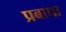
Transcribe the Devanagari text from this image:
प्रबाधा